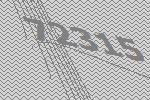
72315